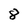
Character: 8